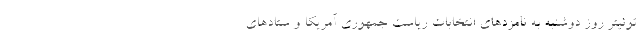
توئیتر روز دوشنبه به نامزدهای انتخابات ریاست جمهوری آمریکا و ستادهای